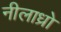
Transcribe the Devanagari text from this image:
नीलाध्रो